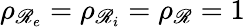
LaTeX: \rho_{\mathscr{R}_{e}}=\rho_{\mathscr{R}_{i}}=\rho_{\mathscr{R}}=1